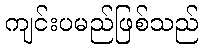
ကျင်းပမည်ဖြစ်သည်